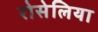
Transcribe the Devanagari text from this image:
रोसेलिया